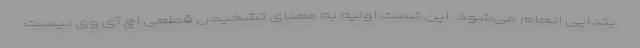
بتدایی انجام می‌شود. این تست اولیه به معنای تشخیص قطعی اچ آی وی نیست